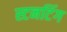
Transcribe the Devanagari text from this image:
स्टनटिंग